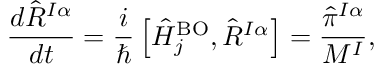
\frac { d \hat { R } ^ { I \alpha } } { d t } = \frac i { \hbar } \left[ \hat { H } _ { j } ^ { \mathrm { B O } } , \hat { R } ^ { I \alpha } \right] = \frac { { \hat { \pi } ^ { I \alpha } } } { M ^ { I } } ,